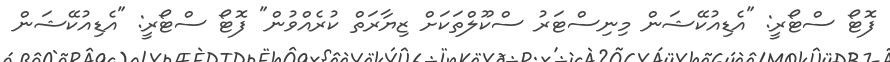
ފޮޓޯ ސްޓޯރީ: "އެޑިއުކޭޝަން މިނިސްޓަރު ސްކޫލްތަކަށް ޒިޔާރަތް ކުރެއްވުން" ފޮޓޯ ސްޓޯރީ: "އެޑިއުކޭޝަން